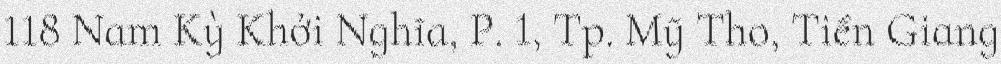
118 Nam Kỳ Khởi Nghĩa, P. 1, Tp. Mỹ Tho, Tiền Giang